Report on malaria in the Punjab during the year ...  together with an account of the work of the Punjab Malaria Bureau - Volume 6
Disease focus: Malaria
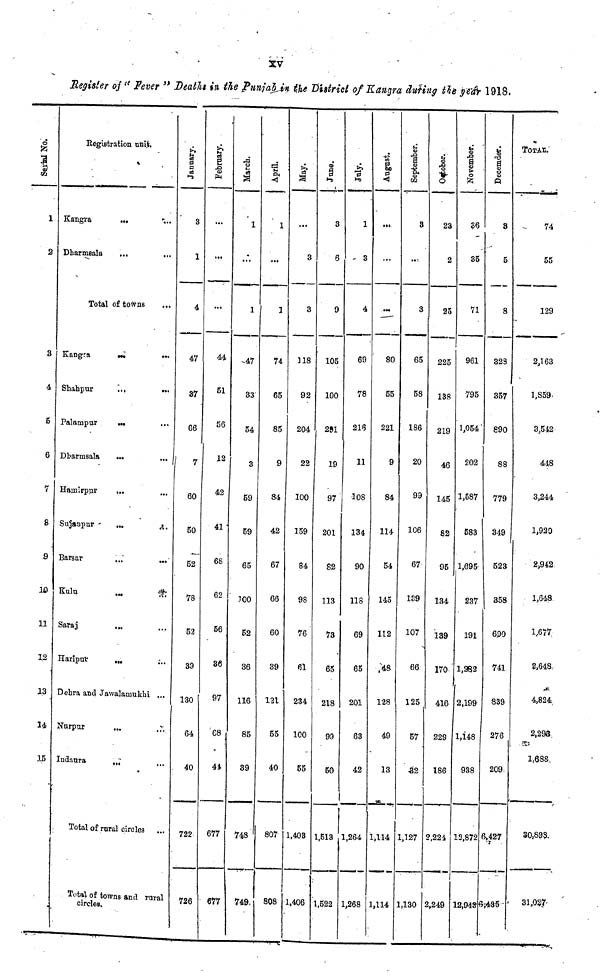
XV
Register of " Fever " Death in the PnnjalJ* the District of Kangra dufing tie pefo 1918.
&
•Ml— —
•
1
2
3
4
6
6
7
8
9
10
11
12
13
14
15
Registration uni.fc.
Kangra
Dharmsala
...
...
Total of towns
Kangra
Shahpur
Palampur
Dbarrnsala
Hainirpjir
Sujanpur
Barsar
Kulu
Saraj
Haripur
—
...
iW
...
...
...
Debra and Jawalamukhi
Nnrpur
Indanra
Total of re
_
ral circle3
•...
...
...
...
...
...
A.
...
Total of towns and rural
circles.
——- — „ ,
0
a
03
•-»
3
1
A
47
37
G6
7
60
50
—
52
78
52
39
130
64
40
722
726 '
1
...
...
u
51
56
12
42
41 •
fie
56
oo
nit
97
G8
41
677
677
March.
1
.:.
1
-.47
33
54
3
59
59
65
J00
52
36
116
85
39
748 '
740,
April.
1
...
1
74
65
85
9
84
42
67
66
60
39
121
55
40
807
808
May.
...
3
3
118
92
204
22
100
159
84
98
76
61
234
100
-
55
1,408
1,406
!
3
6
9
105
100
291
19
97
201
82
113
73
•
65
218
99
50
1,513
1,522
i
- 3
4
69
78
216
11
108
134
90
118
69
65
201
63
42
1,264
1,268
m
•5
...
...
80
5?
221
9
84
114
54
145
112
48
128
49
13
1,114
1,114
&
Septemb
3
3
65
58
186
20
99
106
67
139
107
66
125
57
•a'2
1,127
1,130
•§
o
23
2
25
225
138
219
46
145
82
95
134
139
170
416
229
186
2,224
3,249
i
1
36
35
71
961
795
1,054'
202
1,587
583
1,695
237
191
1,282
2,199
1,148
938
13,872
12,943
Decemde
3
5
8
323
357
890
88
779
349
523
358
6^0
741
839
276
209*
5>427
•t
TOTAL
74
55
129
2,163
1,S59.
3,542
448
3,244
1,920
2>942
1,648
1,677
2,648.
4,824
2,293.
1,688
30,893.
31,027-